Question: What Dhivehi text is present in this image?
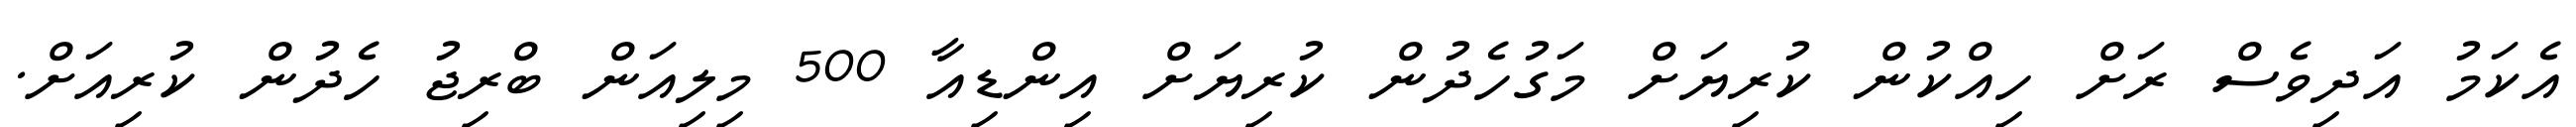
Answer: އެކަމު އަދިވެސް ރަށް ހިއްކުން ކުރިޔަށް މަގުހެދުން ކުރިޔަށް އިންޑިއާ 500 މިލިއަން ބްރިޖު ހެދުން ކުރިއަށް.